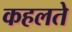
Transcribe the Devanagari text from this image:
कहलते